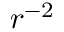
r ^ { - 2 }